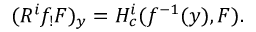
( R ^ { i } f _ { ! } F ) _ { y } = H _ { c } ^ { i } ( f ^ { - 1 } ( y ) , F ) .